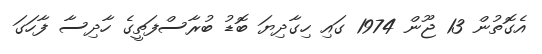
އެގޮތުން 13 ޖޫން 1974 ގައި ހިގާދިޔަ ބޮޑު ބުރާސްފަތީގެ ހާދިސާ ފާހަގަ